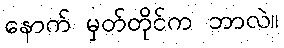
နောက် မှတ်တိုင်က ဘာလဲ။